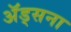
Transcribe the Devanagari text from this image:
अॅड्सना